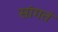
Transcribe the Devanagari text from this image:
सांगतं